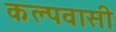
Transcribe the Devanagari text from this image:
कल्पवासी